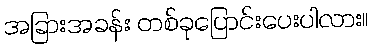
အခြားအခန်း တစ်ခုပြောင်းပေးပါလား။